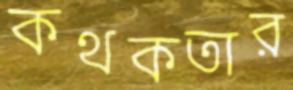
কথকতার